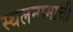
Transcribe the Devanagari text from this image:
स्थलनामाची